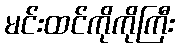
မင်းထင်ကိုကိုကြီး